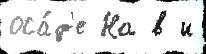
оса́д'е На в и